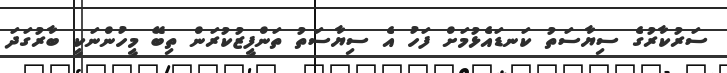
ސަރުކާރުގެ ސިޔާސަތު ކަނޑައެޅުމަށް ފަހު އެ ސިޔާސަތު ތަންފީޒުކުރަން ތިބޭ މީހުންނަކީ ބާރުގަދަ